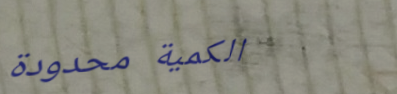
الكمية محدودة